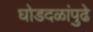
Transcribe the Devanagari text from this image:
घोडदळांपुढे